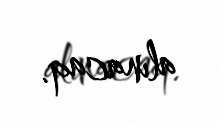
alınacaq.